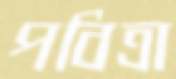
পবিত্রা